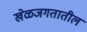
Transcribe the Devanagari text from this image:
खेळजगतातील